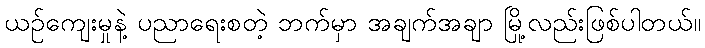
ယဉ်ကျေးမှုနဲ့ ပညာရေးစတဲ့ ဘက်မှာ အချက်အချာ မြို့လည်းဖြစ်ပါတယ်။